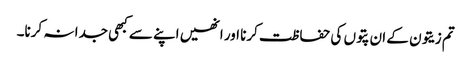
تم زیتون کے ان پتوں کی حفاظت کرنا اور انھیں اپنے سے کبھی جدا نہ کرنا۔